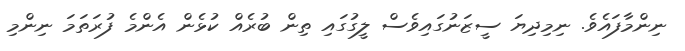
ނިންމާފައެވެ. ނިމިދިޔަ ސީޒަނުގައިވެސް ލީގުގައި ތިން ބުރެއް ކުޅެން އެންމެ ފުރަތަމަ ނިންމި